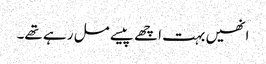
انھیں بہت اچھے پیسے مل رہے تھے۔